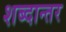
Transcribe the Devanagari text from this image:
शब्दान्तर